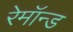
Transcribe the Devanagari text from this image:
रेमॉन्ड